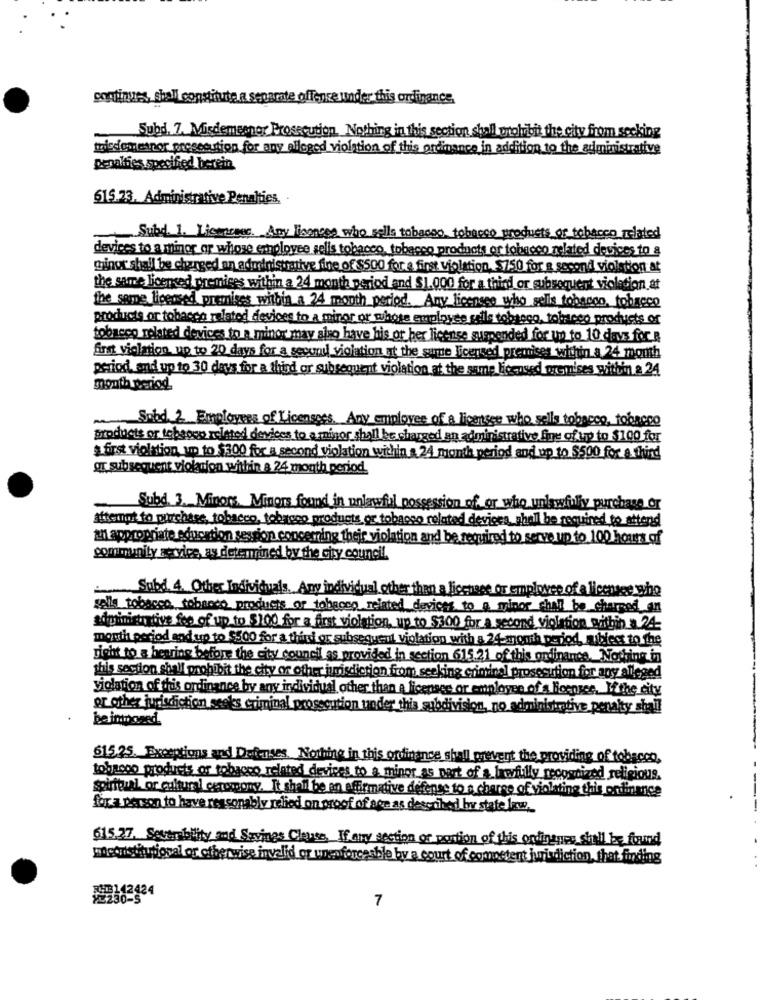
continues, shall constitute a separate offenseJuinder this ordinance,
Subd. 7. Misdemeanor Prosecution. Nothing in this section shall wtolvbit the city from secking
thissometpor prosecution for any alleged violation of this ordinance in addition to the administrative
penalties specified berein
615.73. Administrative Penalties,
Subd. 1. Licmeses. Any liaeness who sells tobacco, tobacco products of tobacco related
devices to a minor or whose employee sells tobacco, tobacco products or tobacco related devices to a
ginge shall be changed an administrative fire of $500 for a first violation. $750 for a second violation at
the same licensed premises within a 24 month period and $1.000 for a third or subsequent violation at
the same licensed premises within a 24 month period. Any licensee who sells tobacco, tobacco
products or tobacco related devices to a minor or whose employee cells tobacco, tobteco products or
tobacco related devices to a minor may also have his or her license suspended for up to 10 days for
first violation up to 20 days for a secunil violation at the same licensed premises within a 24 mouth
period, and up to 30 days for a third or subsequent violation at the same licensed premises within a 24
month period.
Send 2. Employees of Licensees. Any employee of a licensee who sells tobacco, tobacco
-
products or topsous related devices to a minor shall be charged an administrative fine of up to $100 for
s first violation up to $300 for a second violation within a 24 month period and up to $500 for a third
gr subsequent violation within a 24 month period
-
Subd. 3. Minors. Minors found in unlawful possession of, or who unlawfully purchase or
attempt to purchase, tobacco, tobacco products or tobasso related devices shall be required to attend
an appropriate education sespion concerning thejr violation and be required to serve up to 100 hours of
community service, as determined by the city council.
Subd. 4. Other Individuals. Any individual other than a licensee or employee of a licensee who
salle tobacco tobacco products or tobacco related devices to a minor shall be charged an
administrative feo of up to $100 for a first violation, up to $300 for a second violation within a 24
month period and up to $500 for a third or subsequent violation y
324 month period,mibest to the
right to a hearing before the city council as provided in section 615.21 of this ordinance. Nothing in
this section shall prohibit the city or other jurisdiction from seekin
Soydinol prosecution for any alleged
violation of this ordinance by any individual other than A lice
oyee of a licensee. If the city
or other jurisdiction seeks erin
n under
no administrative penalty shall
615.25. Exceptions and Defenses. Nothing in this ordinance shall prevent the providing of tobacco,
tobacco products or tobacco related devices to a minor as part of a lawfully recognized religious.
Spiritual or cultural ceremony. It shall be an affirmative defense to a charge of violating this ordinance
for a person to have reasonably relied on proof of age as descohed by state lawe.
615.27. Severibility and Savings Clause, If any section of portion of this ondingues she'll be found
moconstitutional or otherwise invalid or unenforceable by a court of competent jurisdiction, that finding
42424
7